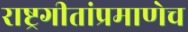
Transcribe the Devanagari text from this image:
राष्ट्रगीतांप्रमाणेच